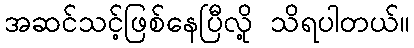
အဆင်သင့်ဖြစ်နေပြီလို့ သိရပါတယ်။